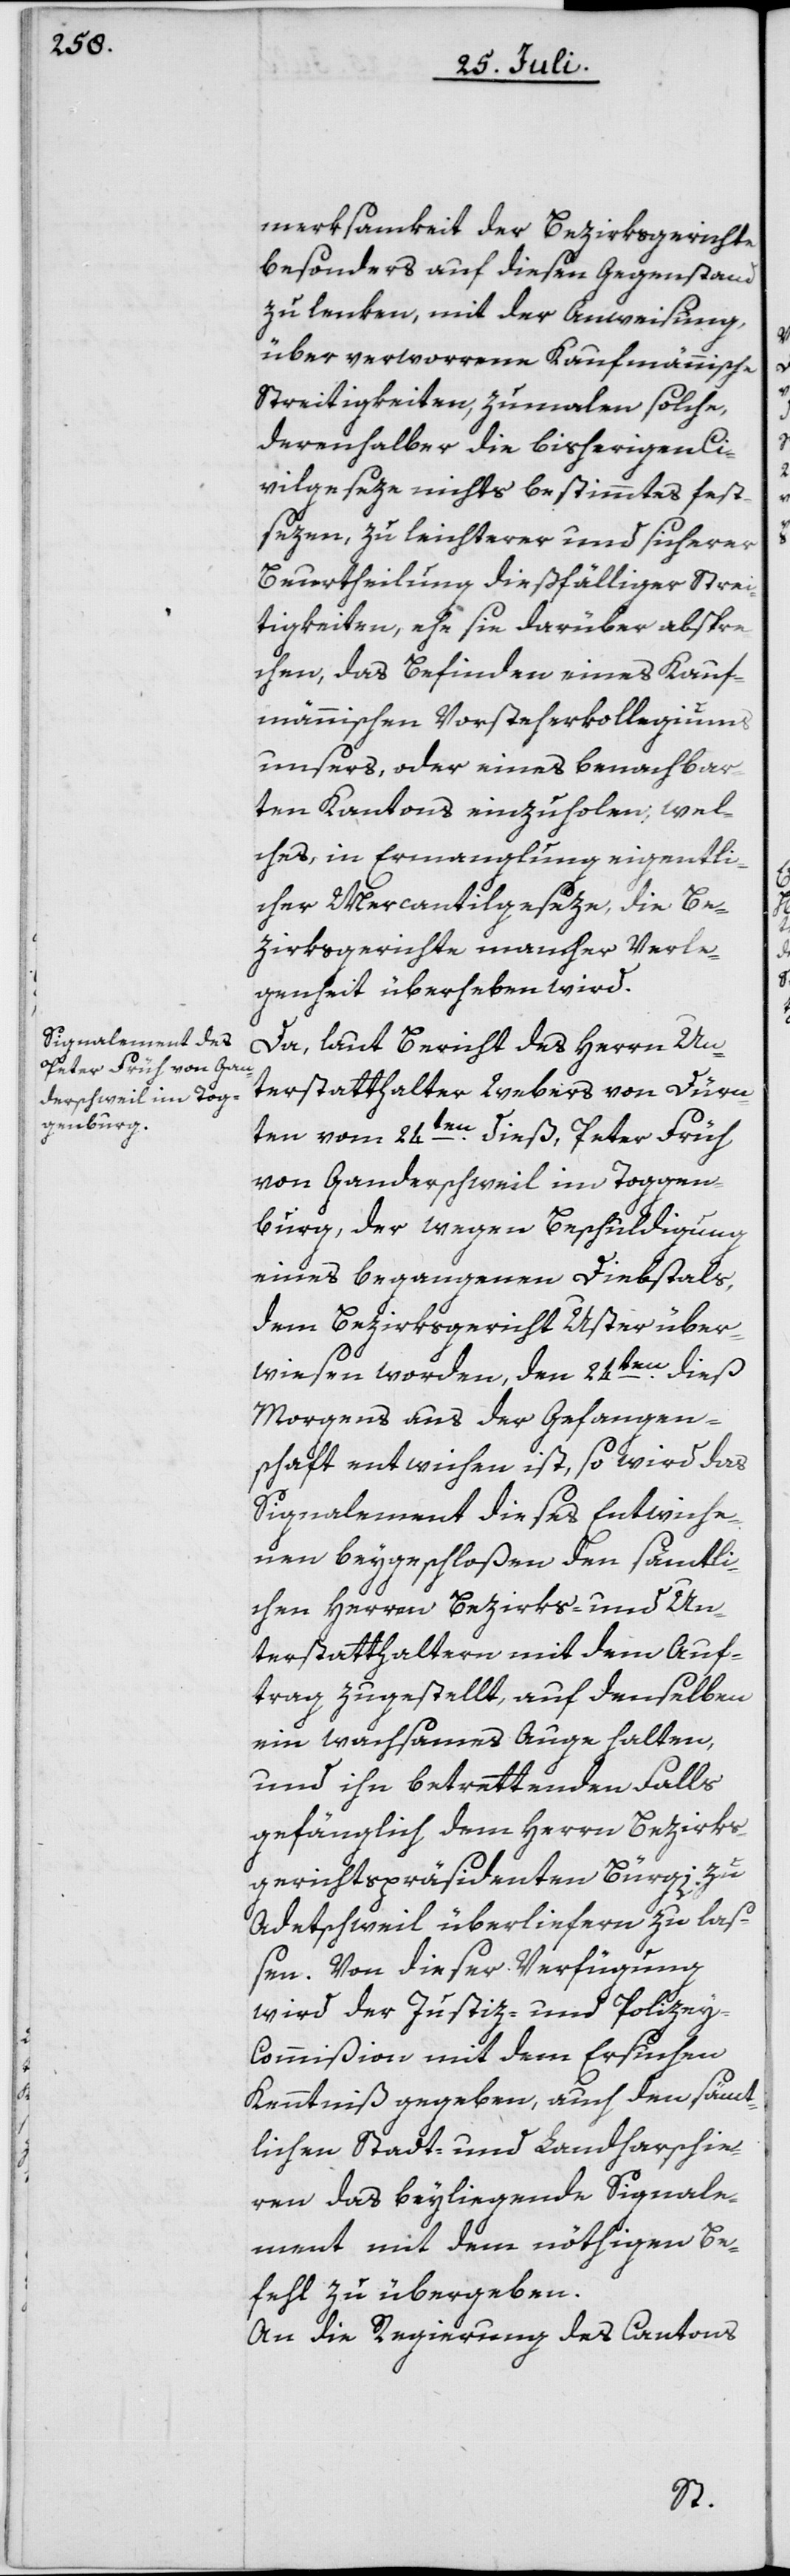
merksamkeit der Bezirksgerichte
besonders auf diesen Gegenstand
zu lenken, mit der Anweisung,
über verworrene Kaufmännische
Streitigkeiten, zumalen solche,
derenhalber die bisherigen Ci¬
vilgeseze nichts bestimmtes fest¬
sezen, zu leichterer und sicherer
Beurtheilung dießfälliger Strei¬
tigkeiten, ehe sie darüber abspre¬
chen, das Befinden eines Kauf¬
männischen Vorsteherkollegiums
unsers, oder eines benachbar¬
ten Kantons einzuholen, wel¬
ches, in Ermanglung eigentli¬
cher Mercantilgeseze, die Be¬
zirksgerichte mancher Verle¬
genheit überheben wird.
Da, laut Bericht des Herrn Un¬
terstatthalter Webers von Dürn¬
ten vom 24ten dieß, Peter Früh
von Ganderschweil im Toggen¬
burg, der wegen Beschuldigung
eines begangenen Diebstals,
dem Bezirksgericht Uster über¬
wiesen worden, den 24ten dieß
Morgens aus der Gefangen¬
schaft entwichen ist, so wird das
Signalement dieses Entwiche¬
nen beygeschloßen den sämtli¬
chen Herren Bezirks- und Un¬
terstatthaltern mit dem Auf¬
trag zugestellt, auf denselben
ein wachsames Auge halten,
und ihn betrettenden Falls
gefänglich dem Herrn Bezirks¬
gerichtspräsidenten Bürgi zu
Adetschweil überliefern zu laß¬
en. Von dieser Verfügung
wird der Justiz- und Polize¬
y-Commißion mit dem Ersuchen
Kenntniß gegeben, auch den sämt¬
lichen Stadt- und Landharschie¬
ren das beyliegende Signale¬
ment mit dem nöthigen Be¬
fehl zu übergeben.
An die Regierung des Cantons